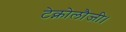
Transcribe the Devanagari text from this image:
टेक्नोलौजी।